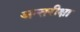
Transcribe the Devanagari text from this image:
अन्तरीक्षा